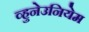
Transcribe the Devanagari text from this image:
व्हुनेउनियेम